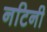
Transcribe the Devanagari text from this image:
नटिनी